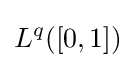
L^{q}([0,1])